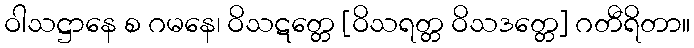
ဝါသဋ္ဌာနေ စ ဂမနေ၊ ဝိသဋတ္တေ [ဝိသရတ္တ ဝိသဒတ္တေ] ဂတီရိတာ။